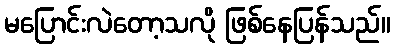
မပြောင်းလဲတော့သလို ဖြစ်နေပြန်သည်။